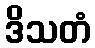
ဒိသတံ